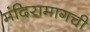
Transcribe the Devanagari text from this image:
मंदिरामागची